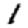
Digit: 1